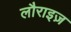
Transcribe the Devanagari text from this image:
लौराइज़